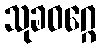
သုခဝဂ္ဂေ